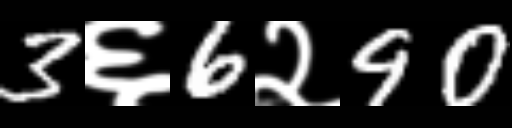
Text: 3६6२90